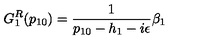
G _ { 1 } ^ { R } ( p _ { 1 0 } ) = { \frac { 1 } { p _ { 1 0 } - h _ { 1 } - i \epsilon } } \beta _ { 1 }